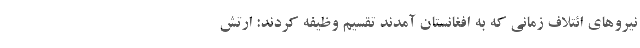
نيروهاي ائتلاف زماني كه به افغانستان آمدند تقسيم وظيفه كردند: ارتش